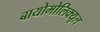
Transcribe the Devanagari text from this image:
बायोमोलिक्यूल